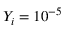
Y _ { i } = 1 0 ^ { - 5 }